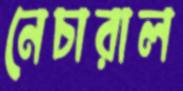
নেচারাল